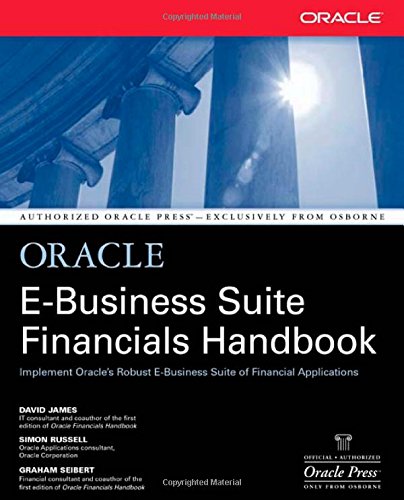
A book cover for Oracle E-Business Suite Financials Handbook (Osborne ORACLE Press Series); David James; Computers & Technology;